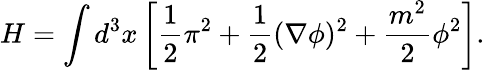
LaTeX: H=\int d^{3}x\left[{\frac{1}{2}}\pi^{2}+{\frac{1}{2}}(\nabla\phi)^{2}+{\frac{m^{2}}{2}}\phi^{2}\right].